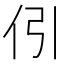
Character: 𠇁